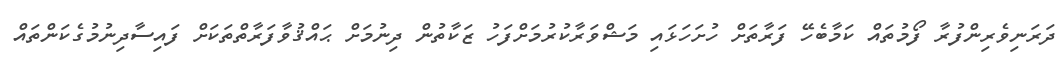
ދަރަނިވެރިންފުރާ ފޯމުތައް ކަމާބެހޭ ފަރާތަށް ހުށަހަޅައި މަޝްވަރާކުރުމަށްފަހު ޒަކާތުން ދިނުމަށް ޙައްޤުވާފަރާތްތަކަށް ފައިސާދިނުމުގެކަންތައް